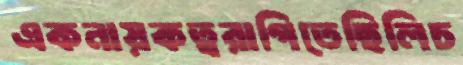
একনায়কত্বরাগিতেছিলিচ